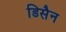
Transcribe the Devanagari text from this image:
डिसैन